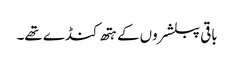
باقی پبلشروں کے ہتھ کنڈے تھے۔